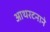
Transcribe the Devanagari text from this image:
आथरटनाने